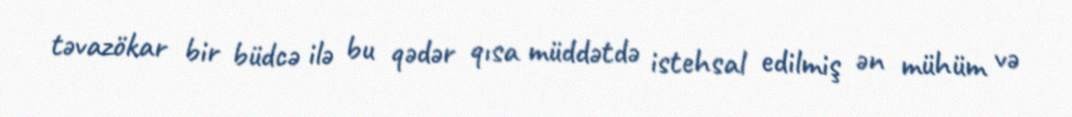
təvazökar bir büdcə ilə bu qədər qısa müddətdə istehsal edilmiş ən mühüm və